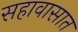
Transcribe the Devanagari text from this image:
सहावासात